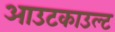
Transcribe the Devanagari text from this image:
आउटकाउल्ट